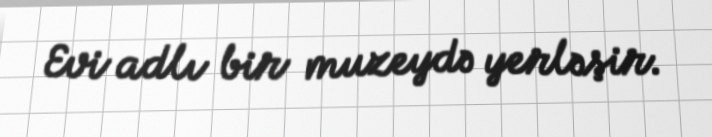
Evi adlı bir muzeydə yerləşir.